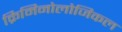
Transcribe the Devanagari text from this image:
क्रिमिनोलोजिकल